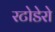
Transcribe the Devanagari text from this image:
रटोडेरो